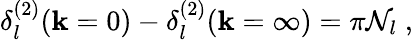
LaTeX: \delta_{l}^{(2)}(\mathbf{k}=0)-\delta_{l}^{(2)}(\mathbf{k}=\infty)=\pi{\mathcal{N}}_{l}\; ,